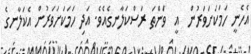
އެހެނީ ހަމަކަށަވަރުން  އީ  ވަންތަ ރަސްކަލާނގެއެވެ. އަދި ހަމަކަށަވަރުން އެކަލާނގެ